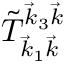
\tilde { T } _ { \vec { k } _ { 1 } \vec { k } } ^ { \vec { k } _ { 3 } \vec { k } }